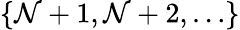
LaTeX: \{ \mathcal{N}+1,\mathcal{N}+2,\ldots\}